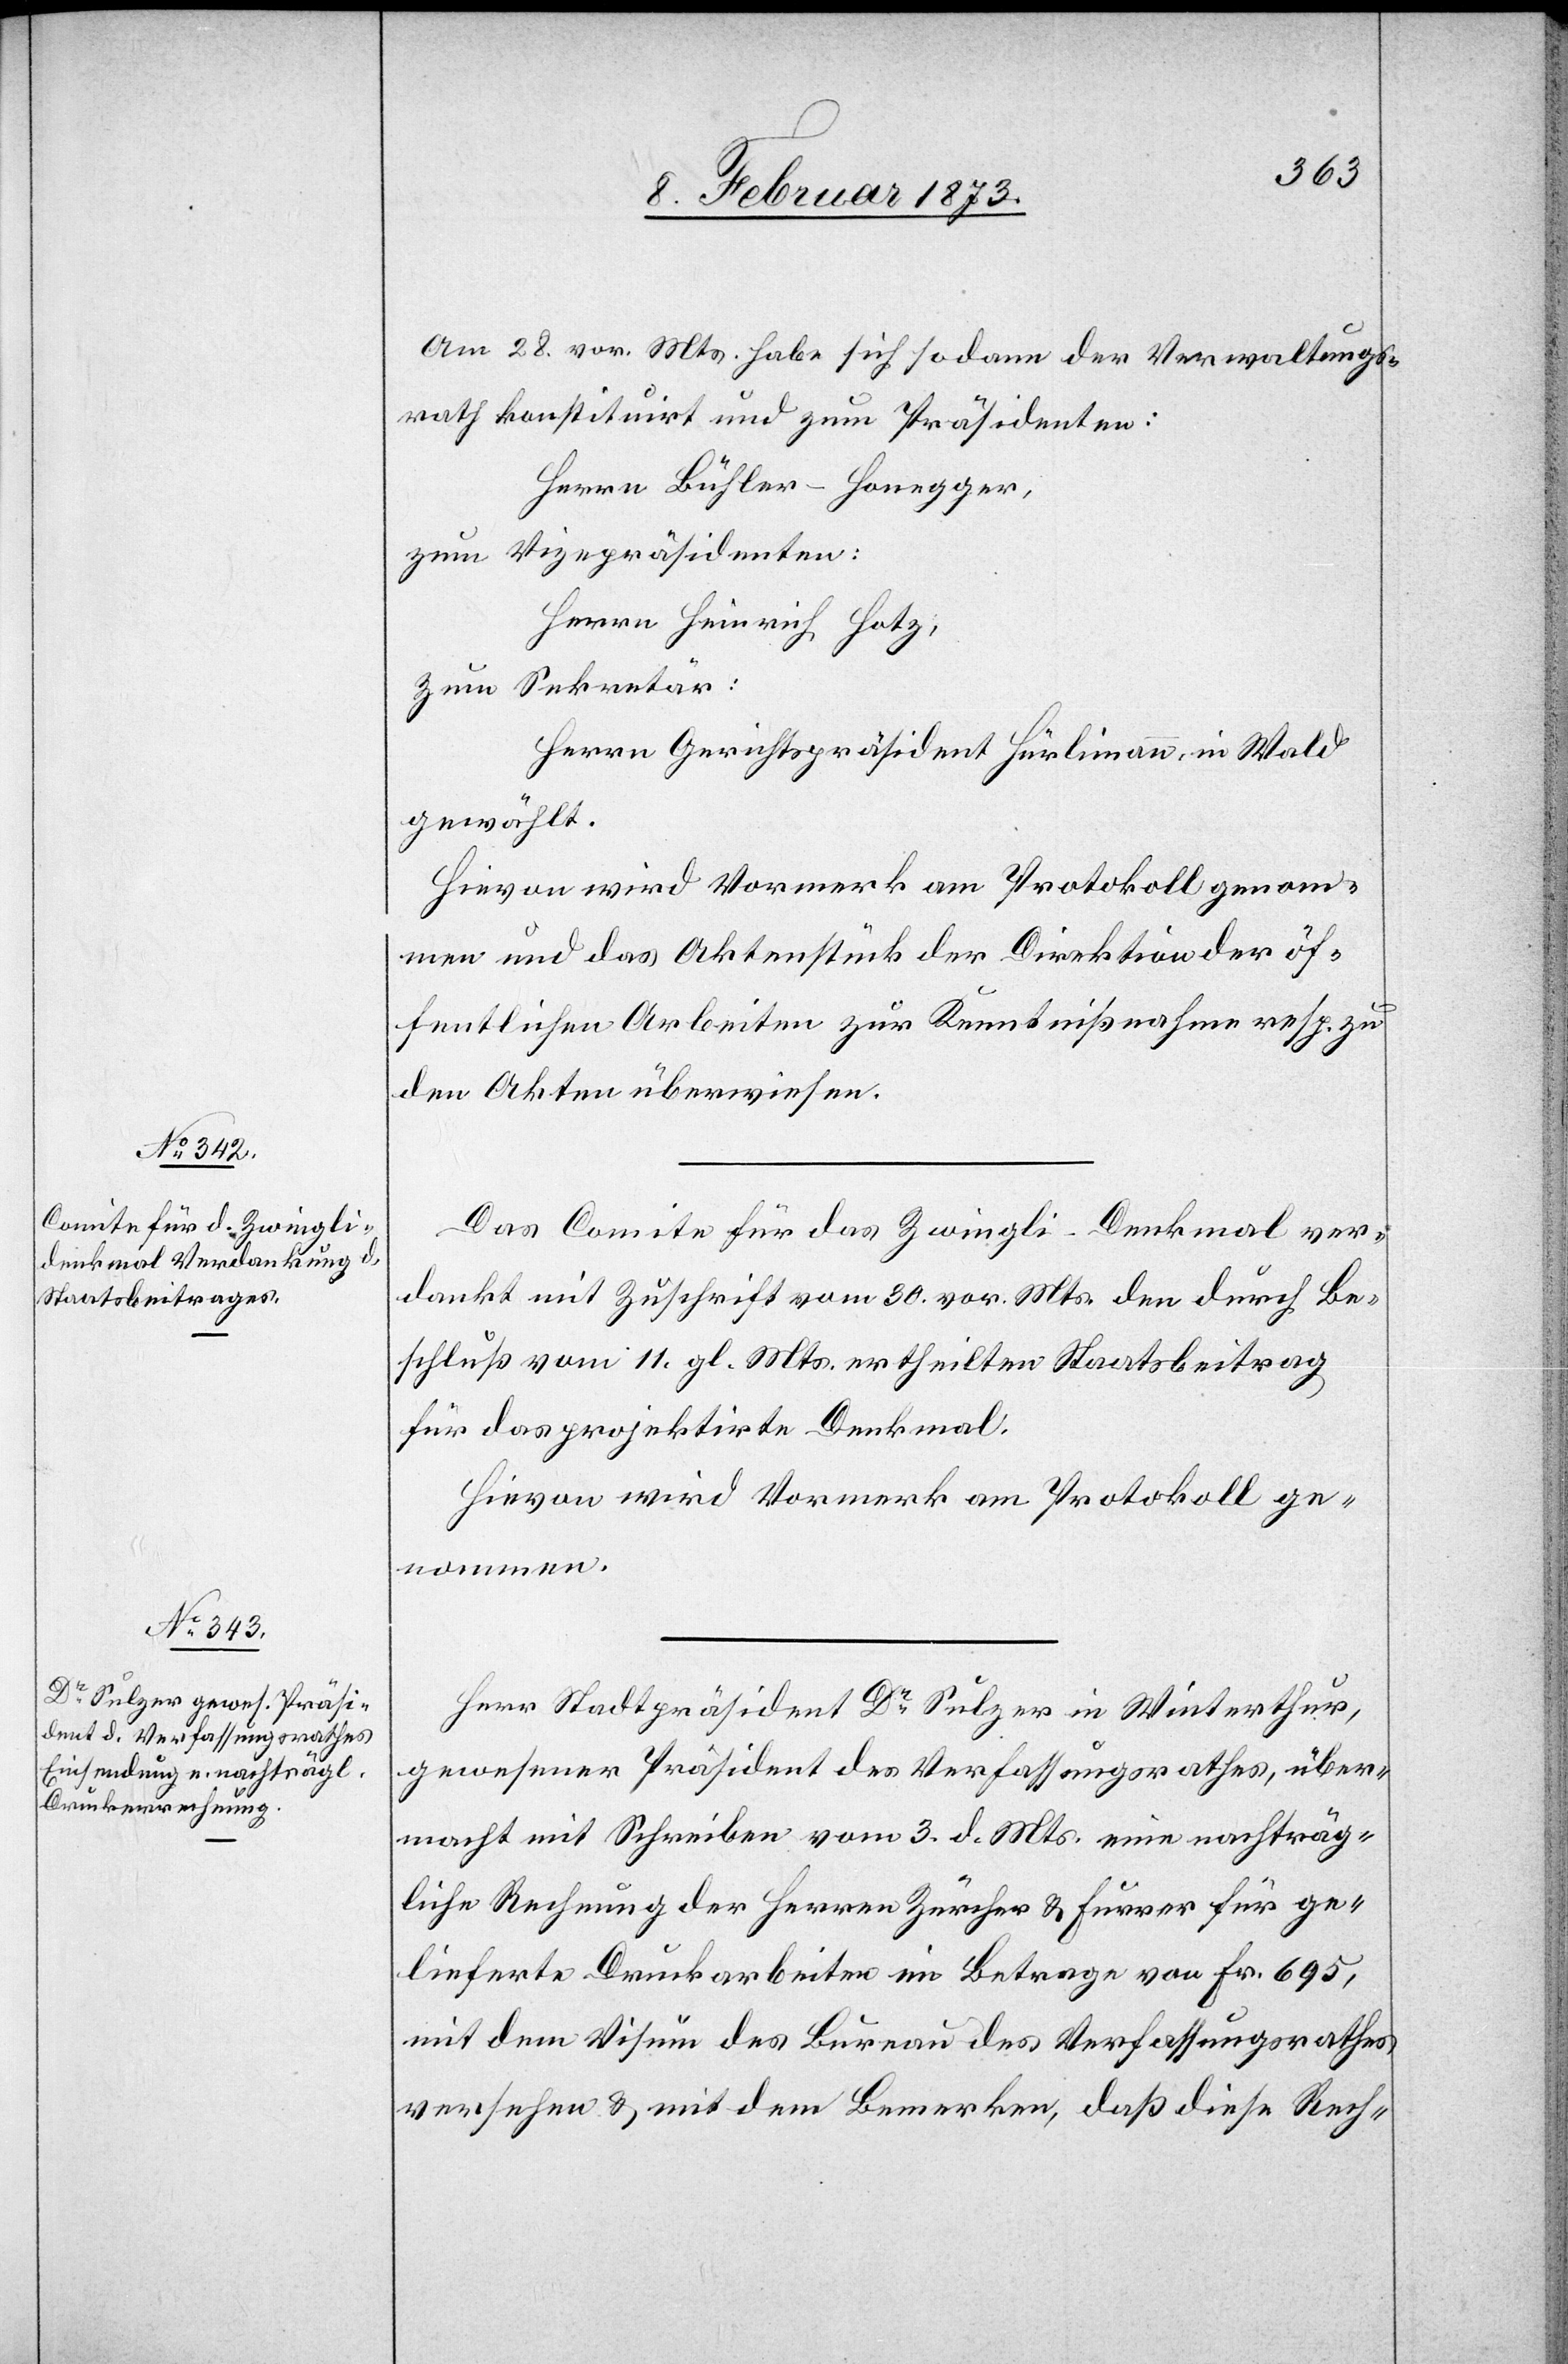
Am 28. vor. Mts. habe sich sodann der Verwaltungs¬
rath konstituirt und zum Präsidenten:
Herrn Bühler–Honegger,
zum Vizepräsidenten:
Herrn Heinrich Hotz,
Zum Sekretär:
Herrn Gerichtspräsident Hürlimann, in Wald
gewählt.
Hievon wird Vormerk am Protokoll genom¬
men und das Aktenstück der Direktion der öf¬
fentlichen Arbeiten zur Kenntnißnahme resp. zu
den Akten überwiesen.
Das Comite für das Zwingli-Denkmal ver¬
dankt mit Zuschrift vom 30. vor. Mts. den durch Be¬
schluß vom 11. gl. Mts. ertheilten Staatsbeitrag
für das projektierte Denkmal.
Hievon wird Vormerk am Protokoll ge¬
nommen.
Herr Stadtpräsident Dr Sulzer in Winterthur,
gewesener Präsident des Verfassungsrathes, über¬
macht mit Schreiben vom 3. d. Mts. eine nachträg¬
liche Rechnung der Herren Zürcher u. Fürrer für ge¬
lieferte Druckarbeiten im Betrage von Fr. 695,
mit dem Visum des Bureau des Verfassungsrathes
versehen u. mit dem Bemerken, daß diese Rech-